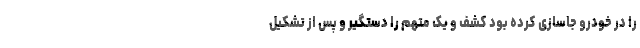
را در خودرو جاسازی کرده بود کشف و یک متهم را دستگیر و پس از تشکیل